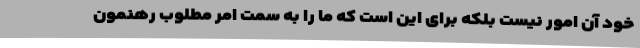
خود آن امور نیست بلکه برای این است که ما را به سمت امر مطلوب رهنمون